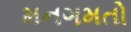
મનગમતો